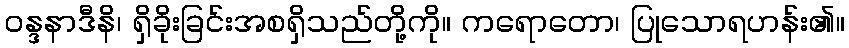
ဝန္ဒနာဒီနိ၊ ရှိခိုးခြင်းအစရှိသည်တို့ကို။ ကရောတော၊ ပြုသောရဟန်း၏။